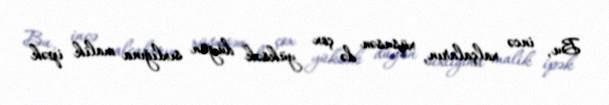
Bu, incə xalçaların, xüsusən də çox yüksək düyün sıxlığına malik ipək